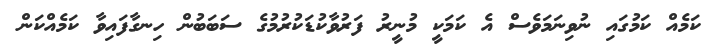
ކަމެއް ކަމުގައި ނުވިނަމަވެސް އެ ކަމަކީ މުނީރު ފަރުވާކުޑަކުރުމުގެ ސަބަބުން ހިނގާފައިވާ ކަމެއްކަން